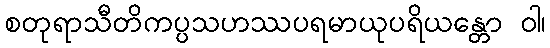
စတုရာသီတိကပ္ပသဟဿပရမာယုပရိယန္တော ဝါ၊